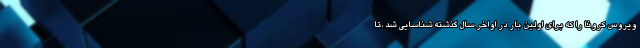
ویروس کرونا را که برای اولین بار در اواخر سال گذشته شناسایی شد ،تا